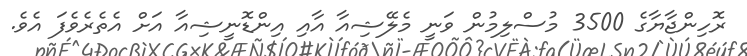
ރޮހިންޖާޔާގެ 3500 މުސްލިމުން ވަނީ މެލޭޝިއާ އާއި އިންޑޮނީޝިއާ އަށް އެތެރެވެފަ އެވެ.